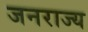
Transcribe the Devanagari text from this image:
जनराज्य